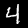
Digit: 4